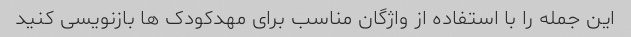
این جمله را با استفاده از واژگان مناسب برای مهدکودک ها بازنویسی کنید